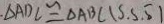
\Delta A D C \cong \Delta A B C ( S . S . S )